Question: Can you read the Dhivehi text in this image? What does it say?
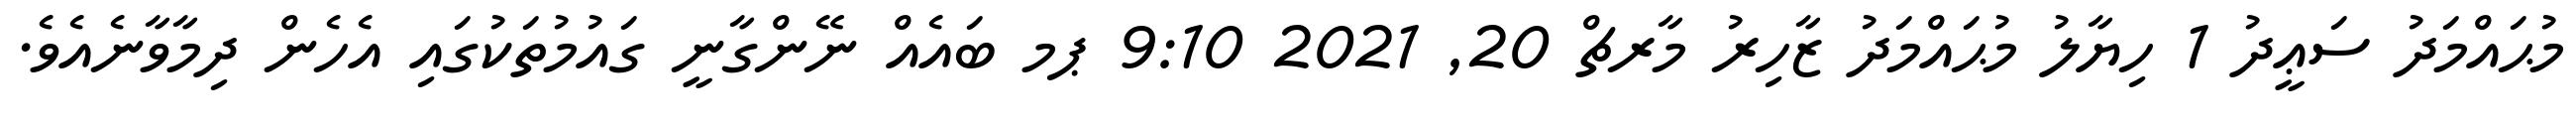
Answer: މުޙައްމަދު ސަޢީދު 1 ހިޔާލު މުޙައްމަދު ޒާހިރު މާރޗް 20, 2021 9:10 ޕމ ބައެއް ނޭންގާނީ ގައުމުތަކުގައި އެހެން ދިމާވާނެއެވެ.